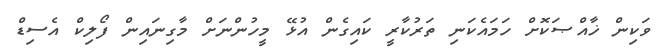
ވަކިން ޚާއްޞަކޮށް ހަމައެކަނި ތަރުކާރީ ކައިގެން އުޅޭ މީހުންނަށް މާގިނައިން ފޯލިކް އެސިޑް